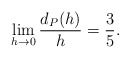
\begin{align*} \begin{aligned} \lim _{h\rightarrow 0}\frac{d_P(h)}{h}=\frac{3}{5}. \end{aligned} \end{align*}